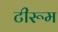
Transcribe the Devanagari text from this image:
टीरूम